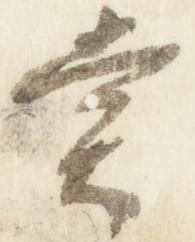
堂